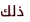
ذلك